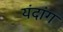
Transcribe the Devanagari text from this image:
यंदांग